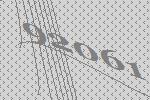
92061